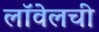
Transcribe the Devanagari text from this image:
लॉवेलची